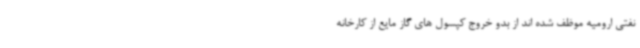
نفتی ارومیه موظف شده اند از بدو خروج کپسول های گاز مایع از کارخانه